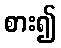
စား၍